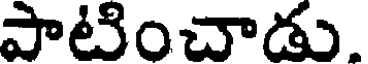
పాటించాడు.